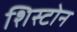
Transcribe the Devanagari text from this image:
शिस्टोन